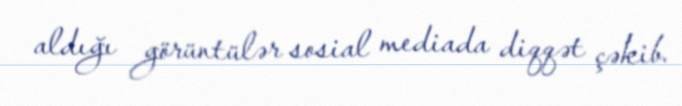
aldığı görüntülər sosial mediada diqqət çəkib.